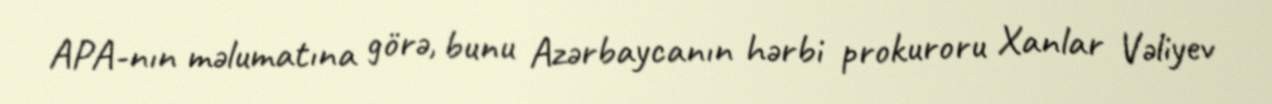
APA-nın məlumatına görə, bunu Azərbaycanın hərbi prokuroru Xanlar Vəliyev